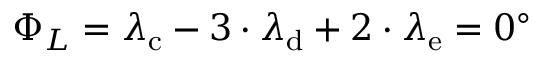
\Phi _ { L } = \lambda _ { \mathrm { { c } } } - 3 \cdot \lambda _ { \mathrm { { d } } } + 2 \cdot \lambda _ { \mathrm { { e } } } = 0 ^ { \circ }